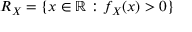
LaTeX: R _ { X } = \{ x \in \mathbb { R } : f _ { X } ( x ) > 0 \}